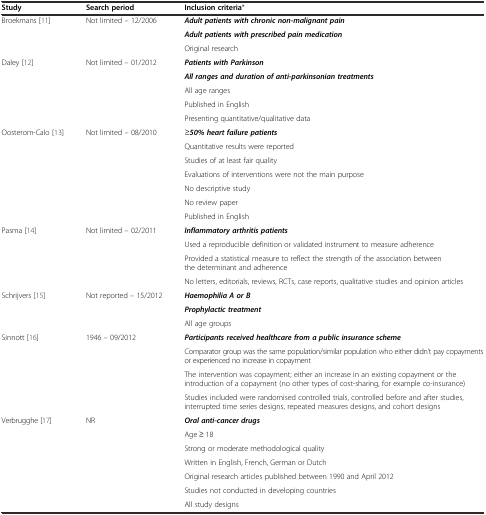
<table><thead><tr><td><b>Study</b></td><td><b>Search period</b></td><td><b>Inclusion criteria*</b></td></tr></thead><tbody><tr><td>Broekmans [11]</td><td>Not limited – 12/2006</td><td><b><i>Adult patients with chronic non</i></b><b><i>-malignant pain</i></b></td></tr><tr><td></td><td></td><td><b><i>Adult patients with prescribed pain medication</i></b></td></tr><tr><td></td><td></td><td>Original research</td></tr><tr><td>Daley [12]</td><td>Not limited – 01/2012</td><td><b><i>Patients with Parkinson</i></b></td></tr><tr><td></td><td></td><td><b><i>All ranges and duration of anti-</i></b><b><i>parkinsonian treatments</i></b></td></tr><tr><td></td><td></td><td>All age ranges</td></tr><tr><td></td><td></td><td>Published in English</td></tr><tr><td></td><td></td><td>Presenting quantitative/qualitative data</td></tr><tr><td>Oosterom-Calo [13]</td><td>Not limited – 08/2010</td><td>≥<b><i>50%</i></b><b><i>heart failure patients</i></b></td></tr><tr><td></td><td></td><td>Quantitative results were reported</td></tr><tr><td></td><td></td><td>Studies of at least fair quality</td></tr><tr><td></td><td></td><td>Evaluations of interventions were not the main purpose</td></tr><tr><td></td><td></td><td>No descriptive study</td></tr><tr><td></td><td></td><td>No review paper</td></tr><tr><td></td><td></td><td>Published in English</td></tr><tr><td>Pasma [14]</td><td>Not limited – 02/2011</td><td><b><i>Inflammatory arthritis patients</i></b></td></tr><tr><td></td><td></td><td>Used a reproducible definition or validated instrument to measure adherence</td></tr><tr><td></td><td></td><td>Provided a statistical measure to reflect the strength of the association between the determinant and adherence</td></tr><tr><td></td><td></td><td>No letters, editorials, reviews, RCTs, case reports, qualitative studies and opinion articles</td></tr><tr><td>Schrijvers [15]</td><td>Not reported – 15/2012</td><td><b><i>Haemophilia A or B</i></b></td></tr><tr><td></td><td></td><td><b><i>Prophylactic treatment</i></b></td></tr><tr><td></td><td></td><td>All age groups</td></tr><tr><td>Sinnott [16]</td><td>1946 – 09/2012</td><td><b><i>Participants received healthcare from a public insurance scheme</i></b></td></tr><tr><td></td><td></td><td>Comparator group was the same population/similar population who either didn’t pay copayments or experienced no increase in copayment</td></tr><tr><td></td><td></td><td>The intervention was copayment; either an increase in an existing copayment or the introduction of a copayment (no other types of cost-sharing, for example co-insurance)</td></tr><tr><td></td><td></td><td>Studies included were randomised controlled trials, controlled before and after studies, interrupted time series designs, repeated measures designs, and cohort designs</td></tr><tr><td>Verbrugghe [17]</td><td>NR</td><td><b><i>Oral anti-</i></b><b><i>cancer drugs</i></b></td></tr><tr><td></td><td></td><td>Age ≥ 18</td></tr><tr><td></td><td></td><td>Strong or moderate methodological quality</td></tr><tr><td></td><td></td><td>Written in English, French, German or Dutch</td></tr><tr><td></td><td></td><td>Original research articles published between 1990 and April 2012</td></tr><tr><td></td><td></td><td>Studies not conducted in developing countries</td></tr><tr><td></td><td></td><td>All study designs</td></tr></tbody></table>